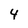
Character: 4